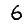
Digit: 6